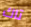
تاك